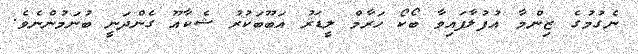
ނެގުމުގެ ޒިންމާ އުފުލާފައިވާ ބޯކޯ ހަރާމް ލީޑަރު އަބޫބަކުރު ޝެކާއޫ ގެންދަނީ ބުނަމުންނެވެ.